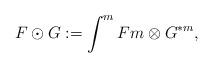
LaTeX: \begin{align*}F\odot G:=\int^m Fm\otimes G^{\ast m},\end{align*}